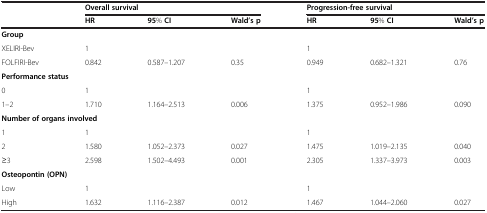
| <ROWSPAN=2>  | <COLSPAN=3> Overall survival | <COLSPAN=3> Progression-free survival |
 | HR | 95% CI | Wald’s p | HR | 95% CI | Wald’s p |
 | --- | --- | --- | --- | --- | --- | --- |
 | <COLSPAN=7> Group |
 | XELIRI-Bev | 1 |  |  | 1 |  |  |
 | FOLFIRI-Bev | 0.842 | 0.587–1.207 | 0.35 | 0.949 | 0.682–1.321 | 0.76 |
 | <COLSPAN=7> Performance status |
 | 0 | 1 |  |  | 1 |  |  |
 | 1–2 | 1.710 | 1.164–2.513 | 0.006 | 1.375 | 0.952–1.986 | 0.090 |
 | <COLSPAN=7> Number of organs involved |
 | 1 | 1 |  |  | 1 |  |  |
 | 2 | 1.580 | 1.052–2.373 | 0.027 | 1.475 | 1.019–2.135 | 0.040 |
 | ≥3 | 2.598 | 1.502–4.493 | 0.001 | 2.305 | 1.337–3.973 | 0.003 |
 | <COLSPAN=7> Osteopontin (OPN) |
 | Low | 1 |  |  | 1 |  |  |
 | High | 1.632 | 1.116–2.387 | 0.012 | 1.467 | 1.044–2.060 | 0.027 |